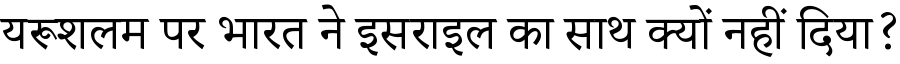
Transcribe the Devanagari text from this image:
यरूशलम पर भारत ने इसराइल का साथ क्यों नहीं दिया?